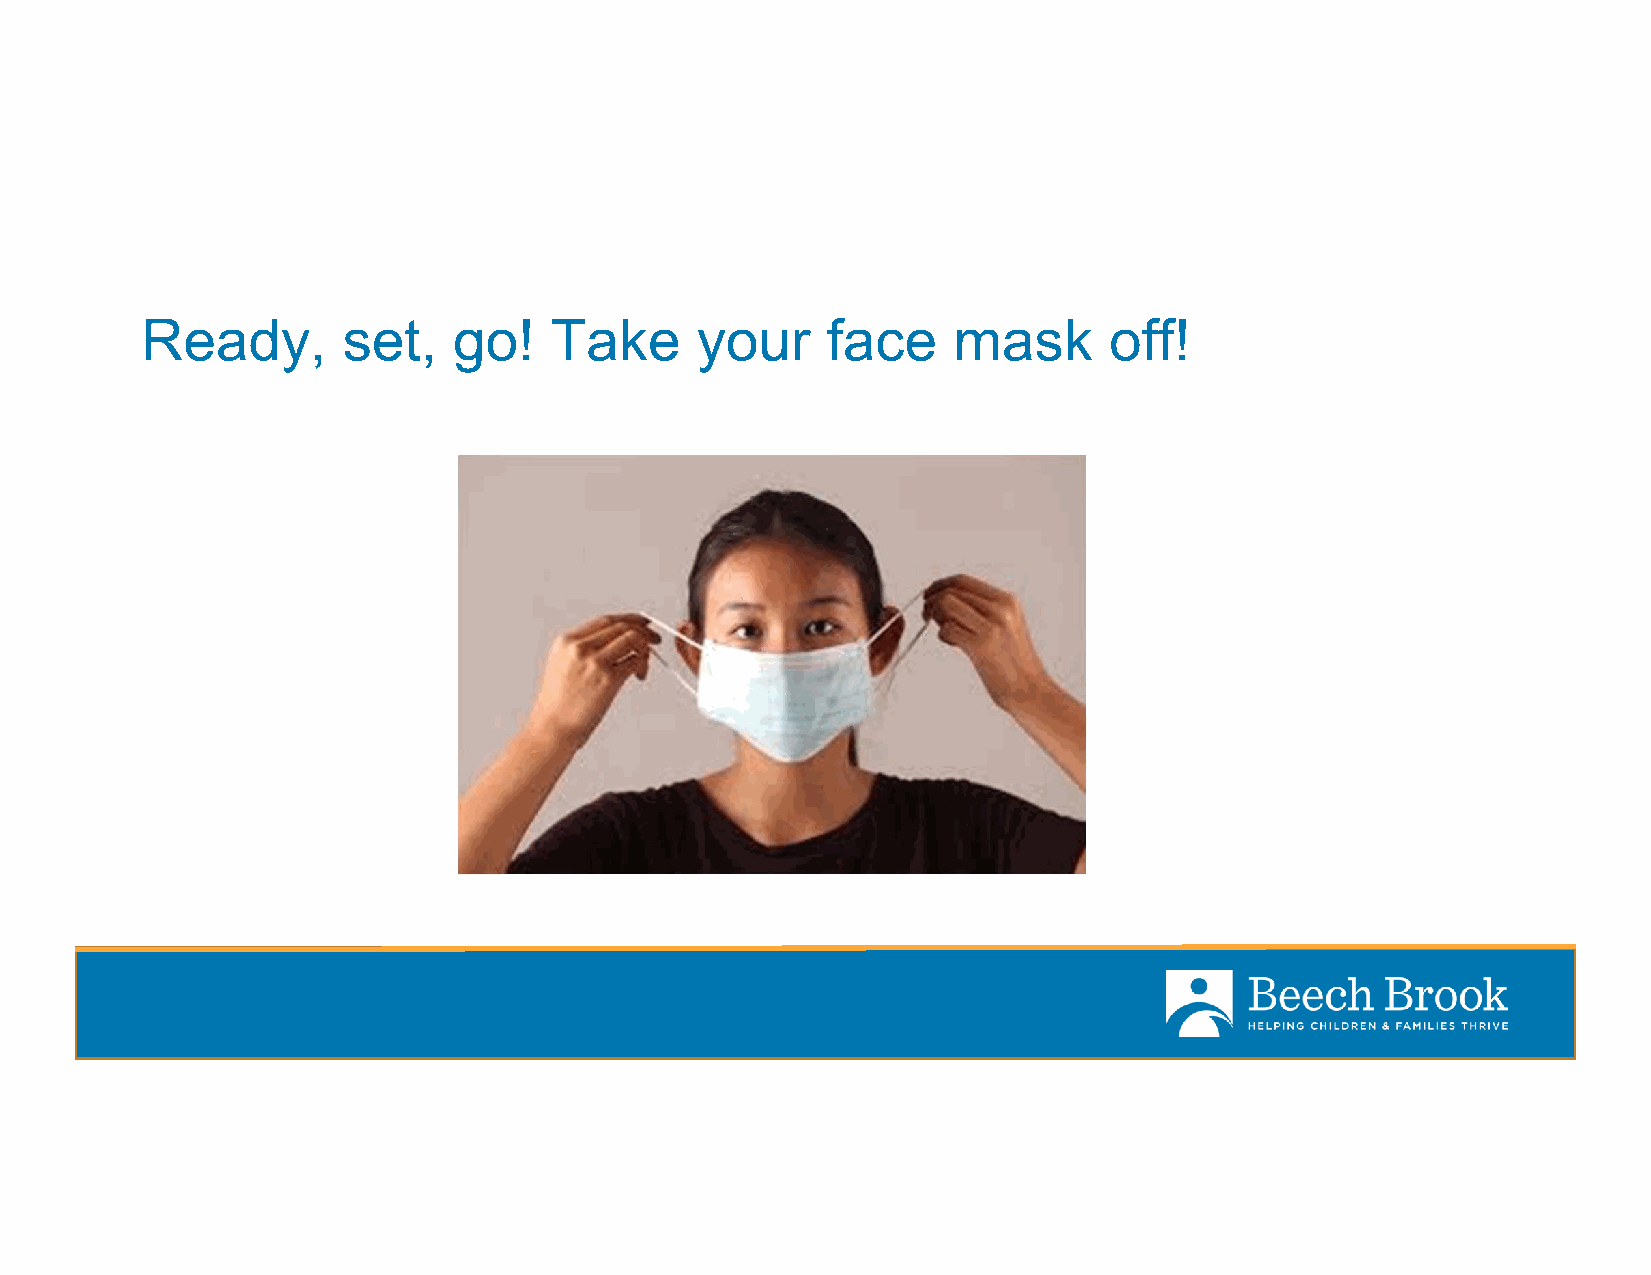
Ready,        set,   go!   Take      your     face    mask      off!